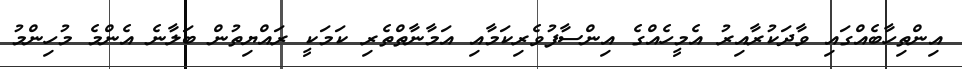
އިންތިހާބެއްގައި ވާދަކުރާއިރު އެމީހެއްގެ އިންސާފުވެރިކަމާއި އަމާނާތްތެރި ކަމަކީ ރައްޔިތުން ބަލާނެ އެންމެ މުހިންމު